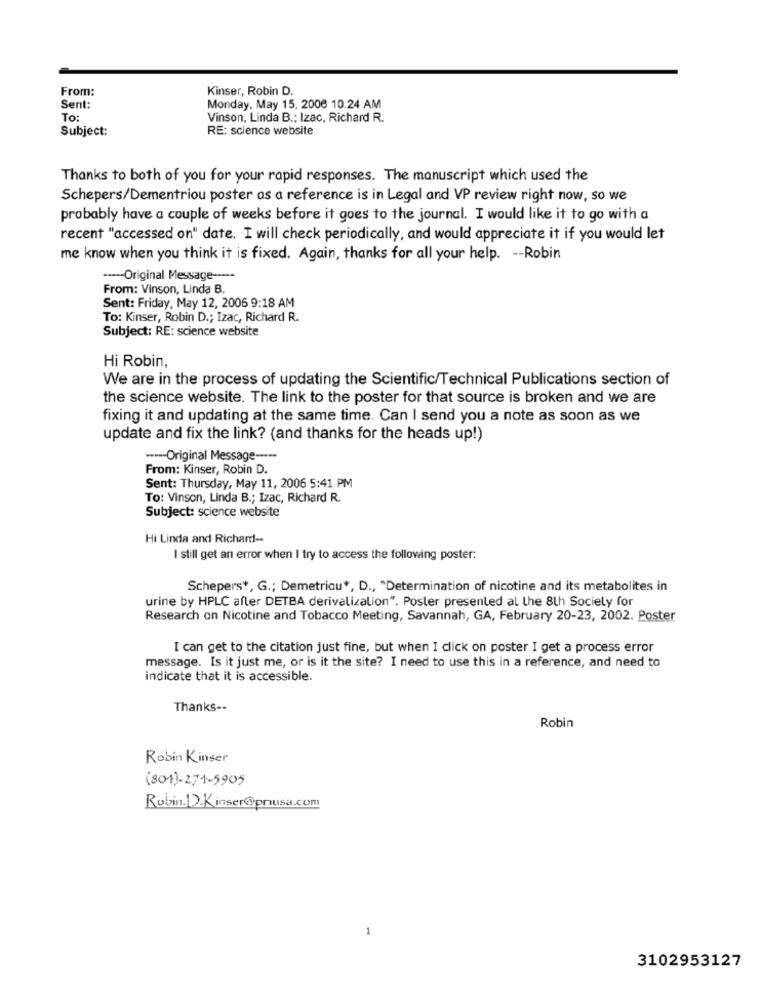
From:
Kinser, Robin D.
Sent:
Monday, May 15, 2006 10:24 AM
To:
Vinson, Linda B .; Izac, Richard R.
Subject:
RE: science website
Thanks to both of you for your rapid responses. The manuscript which used the
Schepers/Dementriou poster as a reference is in Legal and VP review right now, so we
probably have a couple of weeks before it goes to the journal. I would like it to go with a
recent "accessed on" date. I will check periodically, and would appreciate it if you would let
me know when you think it is fixed. Again, thanks for all your help. -- Robin
----- Original Message -----
From: Vinson, Linda B.
Sent: Friday, May 12, 2006 9:18 AM
To: Kinser, Robin D .; Izac, Richard R.
Subject: RE: science website
Hi Robin,
We are in the process of updating the Scientific/Technical Publications section of
the science website. The link to the poster for that source is broken and we are
fixing it and updating at the same time. Can I send you a note as soon as we
update and fix the link? (and thanks for the heads up!)
-*--- Original Message -----
From: Kinser, Robin D.
Sent: Thursday, May 11, 2006 5:41 PM
To: Vinson, Linda B .; Izac, Richard R.
Subject: science website
Hi Linda and Richard-
I still get an error when I try to access the following poster:
Schepers *, G .; Demetriou *, D ., "Determination of nicotine and its metabolites in
urine by HPLC after DETBA derivalizalion". Poster presented al the 8th Society for
Research on Nicotine and Tobacco Meeting, Savannah, GA, February 20-23, 2002. Poster
I can get to the citation just fine, but when I click on poster I get a process error
message. Is it just me, or is it the site? I need to use this in a reference, and need to
indicate that it is accessible.
Thanks --
Robin
Robin Kinser
(804)-271-5905
Robin.D.Kinser@priusa.com
-
3102953127